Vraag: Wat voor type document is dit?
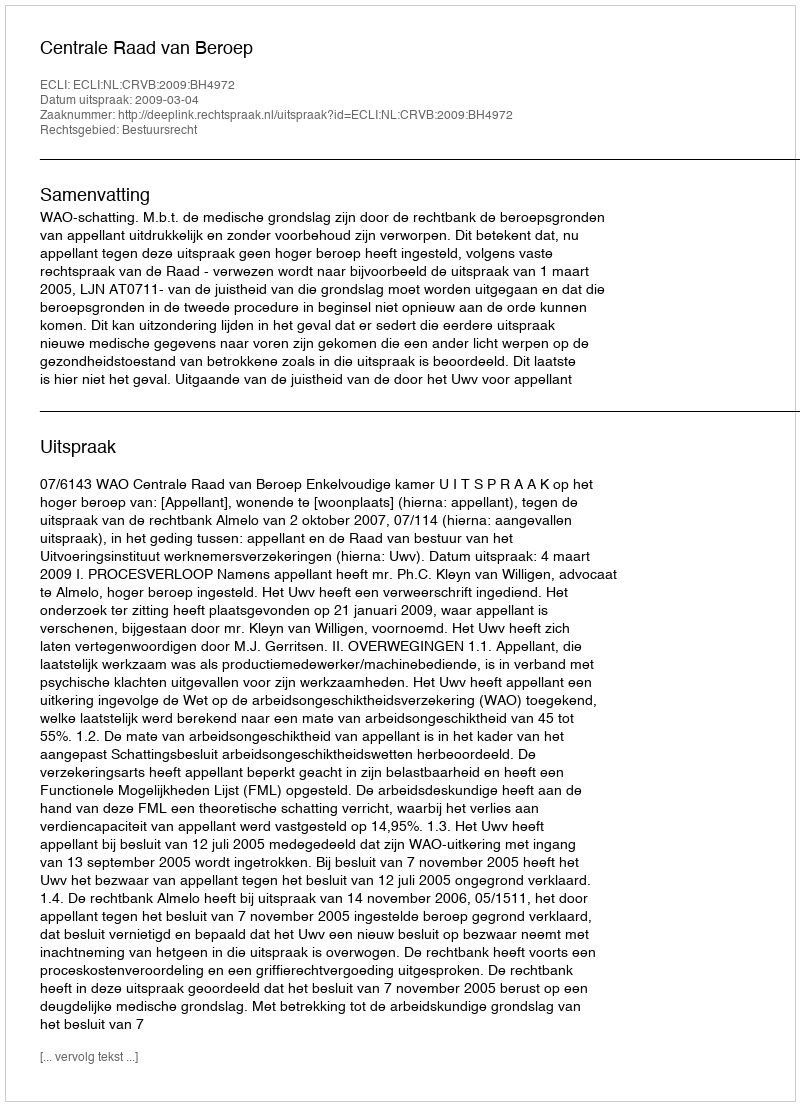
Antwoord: Uitspraak